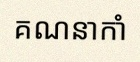
គណនាកាំ